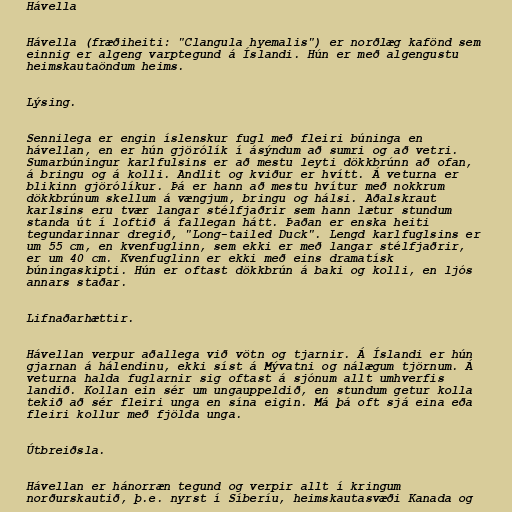
Hávella

Hávella (fræðiheiti: "Clangula hyemalis") er norðlæg kafönd sem
einnig er algeng varptegund á Íslandi. Hún er með algengustu
heimskautaöndum heims.

Lýsing.

Sennilega er engin íslenskur fugl með fleiri búninga en
hávellan, en er hún gjörólík í ásýndum að sumri og að vetri.
Sumarbúningur karlfulsins er að mestu leyti dökkbrúnn að ofan,
á bringu og á kolli. Andlit og kviður er hvítt. Á veturna er
blikinn gjörólíkur. Þá er hann að mestu hvítur með nokkrum
dökkbrúnum skellum á vængjum, bringu og hálsi. Aðalskraut
karlsins eru tvær langar stélfjaðrir sem hann lætur stundum
standa út í loftið á fallegan hátt. Þaðan er enska heiti
tegundarinnar dregið, "Long-tailed Duck". Lengd karlfuglsins er
um 55 cm, en kvenfuglinn, sem ekki er með langar stélfjaðrir,
er um 40 cm. Kvenfuglinn er ekki með eins dramatísk
búningaskipti. Hún er oftast dökkbrún á baki og kolli, en ljós
annars staðar.

Lifnaðarhættir.

Hávellan verpur aðallega við vötn og tjarnir. Á Íslandi er hún
gjarnan á hálendinu, ekki síst á Mývatni og nálægum tjörnum. Á
veturna halda fuglarnir sig oftast á sjónum allt umhverfis
landið. Kollan ein sér um ungauppeldið, en stundum getur kolla
tekið að sér fleiri unga en sína eigin. Má þá oft sjá eina eða
fleiri kollur með fjölda unga.

Útbreiðsla.

Hávellan er hánorræn tegund og verpir allt í kringum
norðurskautið, þ.e. nyrst í Síberíu, heimskautasvæði Kanada og